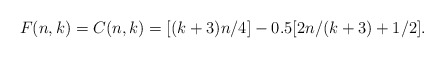
\begin{align*}F(n,k) = C(n,k) = [(k+3)n/4] - 0.5[2n/(k+3)+ 1/2].\end{align*}